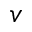
v